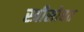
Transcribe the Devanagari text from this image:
स्त्रीसोबत